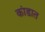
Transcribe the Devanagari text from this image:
कांडात